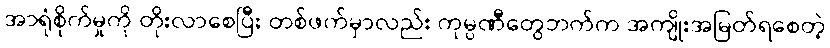
အာရုံစိုက်မှုကို တိုးလာစေပြီး တစ်ဖက်မှာလည်း ကုမ္ပဏီတွေဘက်က အကျိုးအမြတ်ရစေတဲ့